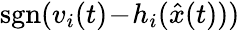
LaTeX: \operatorname{sgn}(v_{i}(t)\! -\! h_{i}({\hat{x}}(t)))